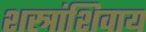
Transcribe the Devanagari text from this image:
शस्त्रांशिवाय